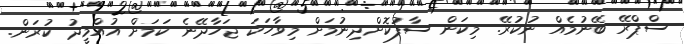
ސްޕްރޭ ބޭނުމެއް ނުކުރޭ. މިކަން ސާފުކޮށްދިނުމަށް މިވާހަކަ ޖަހާދޭނެ ކަމަށް އުއްމީދު ކުރަން.